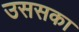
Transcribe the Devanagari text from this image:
उससका